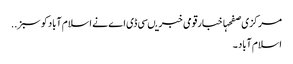
مرکزی صفحہاخبارقومی خبریںسی ڈی اے نے ا سلام آبادکو سبز ..
اسلام آباد ۔